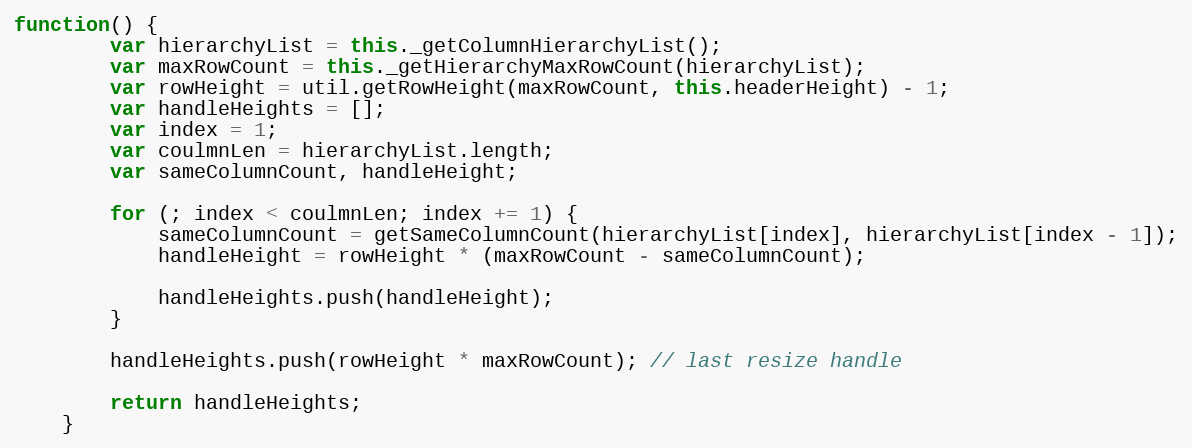
Language: JavaScript
function() {
        var hierarchyList = this._getColumnHierarchyList();
        var maxRowCount = this._getHierarchyMaxRowCount(hierarchyList);
        var rowHeight = util.getRowHeight(maxRowCount, this.headerHeight) - 1;
        var handleHeights = [];
        var index = 1;
        var coulmnLen = hierarchyList.length;
        var sameColumnCount, handleHeight;

        for (; index < coulmnLen; index += 1) {
            sameColumnCount = getSameColumnCount(hierarchyList[index], hierarchyList[index - 1]);
            handleHeight = rowHeight * (maxRowCount - sameColumnCount);

            handleHeights.push(handleHeight);
        }

        handleHeights.push(rowHeight * maxRowCount); // last resize handle

        return handleHeights;
    }